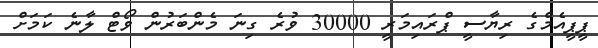
ޕީޕީއެމްގެ ރިޔާސީ ޕްރައިމަރީ 30000 ވުރެ ގިނަ މެންބަރުން ވޯޓް ލާނެ ކަމަށް